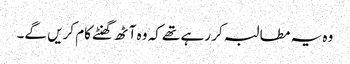
وہ یہ مطالبہ کر رہے تھے کہ وہ آٹھ گھنٹے کام کریں گے۔